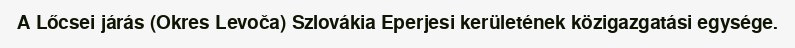
A Lőcsei járás (Okres Levoča) Szlovákia Eperjesi kerületének közigazgatási egysége.